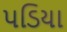
પડિયા